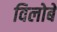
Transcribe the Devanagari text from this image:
विलोबे